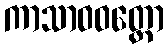
ကာသာဝဝတ္ထော